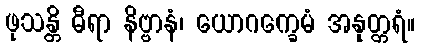
ဖုသန္တိ ဓီရာ နိဗ္ဗာနံ၊ ယောဂက္ခေမံ အနုတ္တရံ။